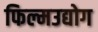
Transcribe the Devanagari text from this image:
फिल्मउद्योग